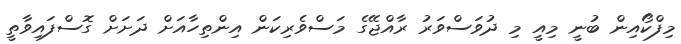
މިފްކޯއިން ބުނީ މިއީ މި ދުވަސްވަރު ރާއްޖޭގެ މަސްވެރިކަން އިންތިހާއަށް ދަށަށް ގޮސްފައިވާތީ